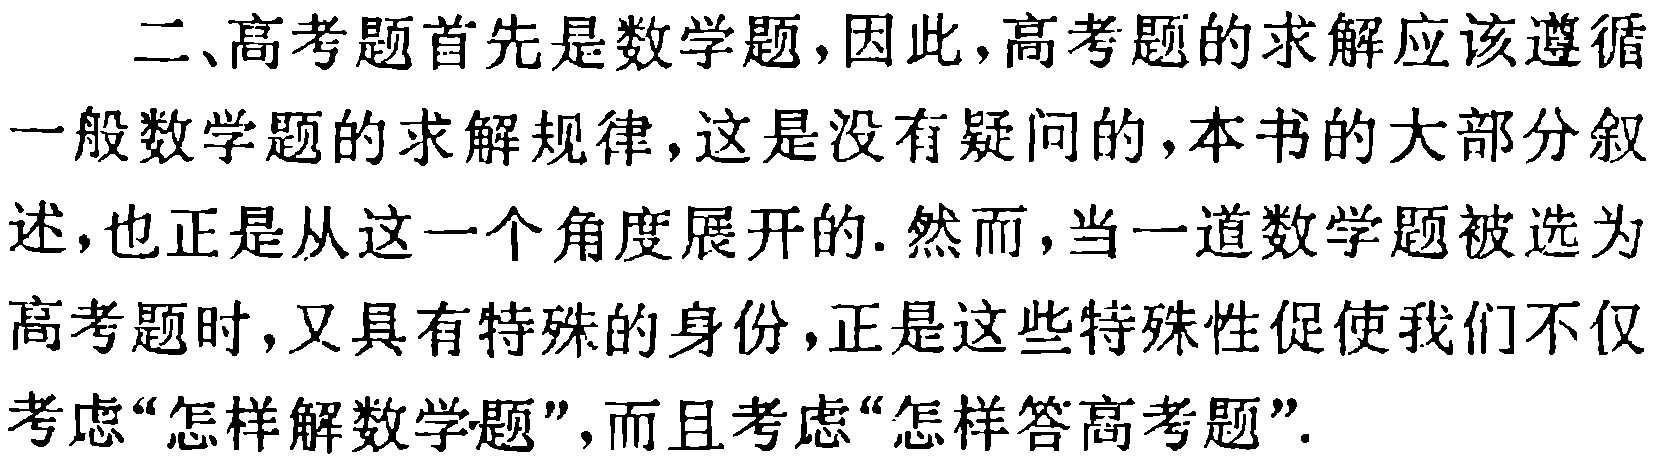
二、高考题首先是数学题，因此，高考题的求解应该遵循

一般数学题的求解规律，这是没有疑问的，本书的大部分叙

述，也正是从这一个角度展开的. 然而，当一道数学题被选为

高考题时，又具有特殊的身份，正是这些特殊性促使我们不仅

考虑“怎样解数学题”，而且考虑“怎样答高考题”.